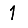
Digit: 1